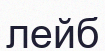
лейб